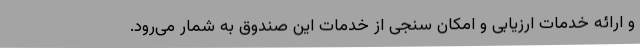
و ارائه خدمات ارزیابی و امکان سنجی از خدمات این صندوق به شمار می‌رود.